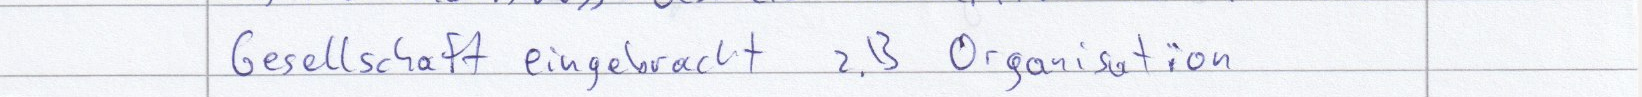
Gesellschaft eingebracht z.B Organisation